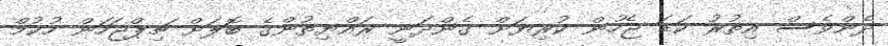
ދެންވެސް އިތުރު ކަޑަ ޖެހުން ކުރިޔަށް ގެންދަނީ ރައްޔިތުންގެ ބޮލަށް ޗިޕްޖަހަން ހުކުމް